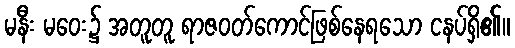
မနီး မဝေး၌ အတူတူ ရာဇဝတ်ကောင်ဖြစ်နေရသော ငနပ်ရှိ၏။